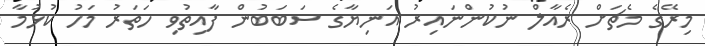
މިރޭގެ މެޗަށް ރެއާލް ނުކުންނައިރު އަނިޔާގެ ސަަބަބުން ފާއިތުވި ހަތަރު މަހު ކުުޅުމާ